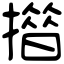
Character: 𢵄